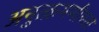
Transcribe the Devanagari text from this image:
अनुत्क्रमणीयता